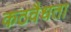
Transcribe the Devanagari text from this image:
कठवैधता